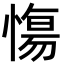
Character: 慯